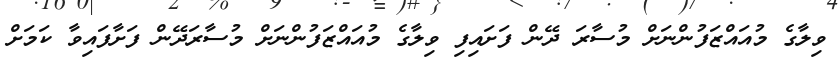
ވިލާގެ މުއައްޒަފުންނަށް މުސާރަ ދޭން ފަށައިފި ވިލާގެ މުއައްޒަފުންނަށް މުސާރަދޭން ފަށާފައިވާ ކަމަށް